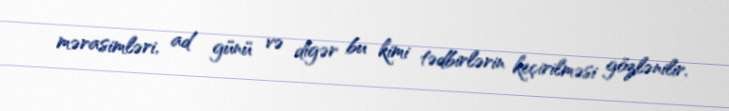
mərasimləri, ad günü və digər bu kimi tədbirlərin keçirilməsi gözlənilir.